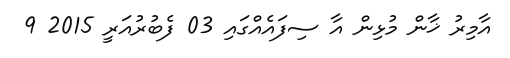
އާމިރު ޚާން މުޅިން އާ ސިފައެއްގައި 03 ފެބުރުއަރީ 2015 9